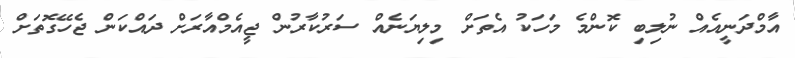
އާމްދަނީއެއް ނުލިބި ކޮންމެ މަހަކު އެތަށް މިލިޔަނެއް ސަރުކާރުން ޖީއެމްއާރަށް ދައްކަން ޖެހޭގޮތަށް